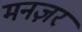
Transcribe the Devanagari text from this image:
मनज़र